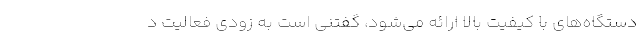
دستگاه‌های با کیفیت بالا ارائه می‌شود، گفتنی است به زودی فعالیت د